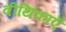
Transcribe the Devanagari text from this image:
वीथिकाएँ